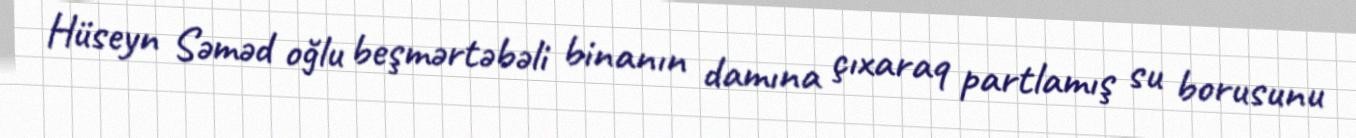
Hüseyn Səməd oğlu beşmərtəbəli binanın damına çıxaraq partlamış su borusunu